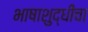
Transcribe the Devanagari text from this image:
भाषाशुद्धीचा